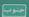
حنوب